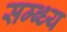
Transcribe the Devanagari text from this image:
सम्ब्ध्य